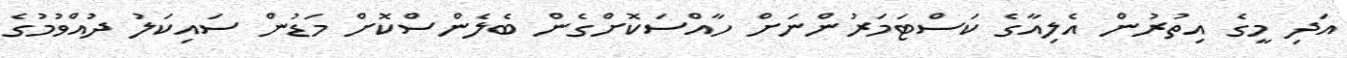
އަދި މީގެ އިތުރުން އެލިއާގެ ކަސްޓަމަރުންނަށް ހާއްސަކޮށްގެން ބެލެންސްކޮށް މަޑުން ސައިކަލު ދުއްވުމުގެ